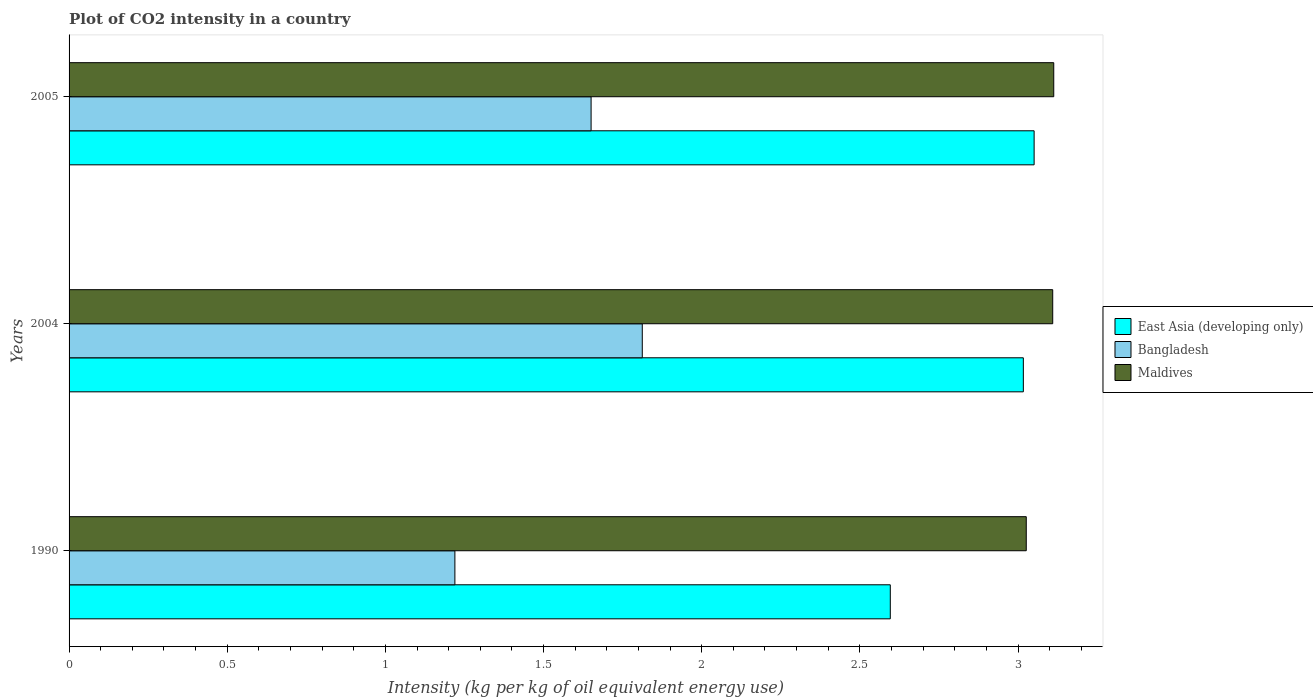
| Years | East Asia (developing only) | Bangladesh | Maldives |
 | --- | --- | --- | --- |
 | 1990 | 2.6 | 1.22 | 3.03 |
 | 2004 | 3.02 | 1.81 | 3.11 |
 | 2005 | 3.05 | 1.65 | 3.11 |